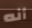
أنه